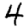
Digit: 4